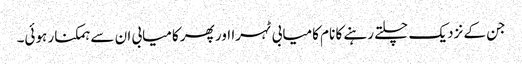
جن کے نزدیک چلتے رہنے کا نام کامیابی ٹہرا اور پھر کامیابی ان سے ہمکنار ہوئی۔